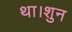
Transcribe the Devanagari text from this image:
था।शुन